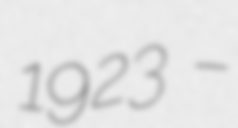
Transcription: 1923 –